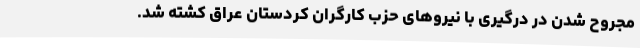
مجروح شدن در درگیری‌ با نیروهای حزب کارگران کردستان عراق کشته شد.